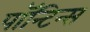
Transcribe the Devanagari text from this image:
पॉन्टिन्स